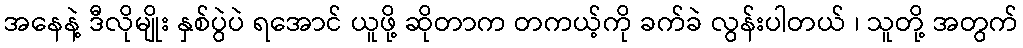
အနေနဲ့ ဒီလိုမျိုး နှစ်ပွဲပဲ ရအောင် ယူဖို့ ဆိုတာက တကယ့်ကို ခက်ခဲ လွန်းပါတယ် ၊ သူတို့ အတွက်